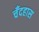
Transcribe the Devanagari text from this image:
चँदहास